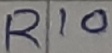
Text: R10